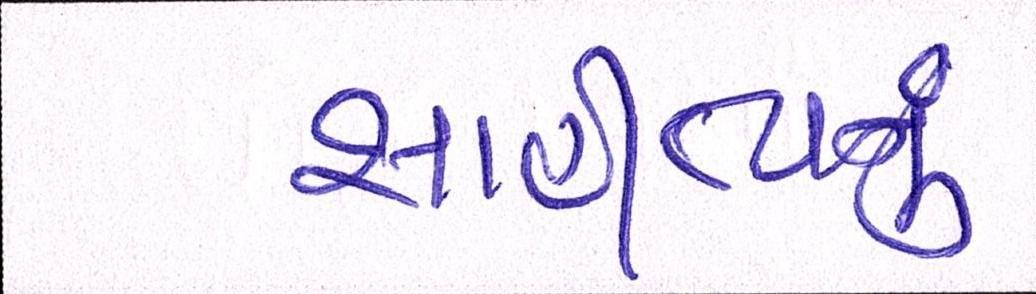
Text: સાહીત્યનું